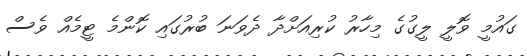
ގައުމީ ވޮލީ ލީގުގެ މިހާރު ކުރިއަށްދާ ދެވަނަ ބުރުގައި ކޮންމެ ޓީމެއް ވެސް